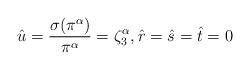
LaTeX: \begin{align*} \hat{u} = \frac{\sigma(\pi^\alpha)}{\pi^\alpha} = \zeta_3^\alpha, \hat{r}=\hat{s}=\hat{t}=0\end{align*}